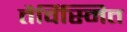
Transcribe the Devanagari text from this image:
तैर्विस्मित